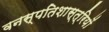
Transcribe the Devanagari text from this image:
वनस्‍पतिशास्‍त्रियों